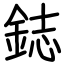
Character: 鋕